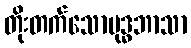
တိုးတက်သောဗုဒ္ဓဘာသာ